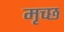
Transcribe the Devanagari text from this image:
मृच्छ